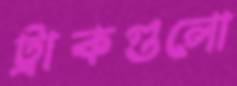
ট্রাকগুলো